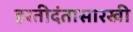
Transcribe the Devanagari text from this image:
हस्तीदंतासारखी